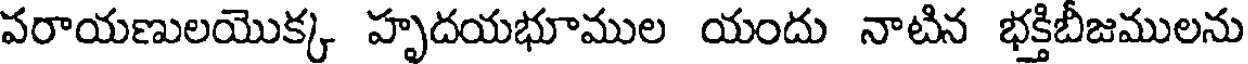
వరాయణులయొక్క హృదయభూముల యందు నాటిన భక్తిబీజములను